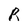
Character: R